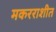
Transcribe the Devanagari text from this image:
मकरराशीत